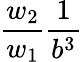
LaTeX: \frac{w_{2}}{w_{1}}\frac{1}{b^{3}}